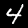
Digit: 4